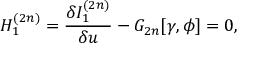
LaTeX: { \cal H } _ { 1 } ^ { ( 2 n ) } = \frac { \delta I _ { 1 } ^ { ( 2 n ) } } { \delta u } - G _ { 2 n } [ \gamma , \phi ] = 0 ,